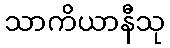
သာကိယာနီသု